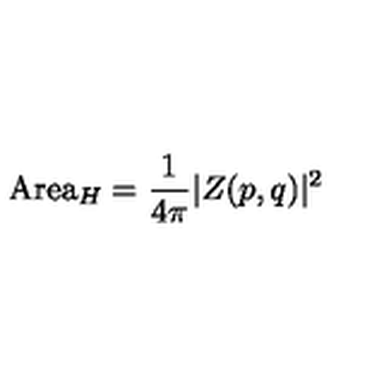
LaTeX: \mathrm { A r e a } _ { H } = \frac { 1 } { 4 \pi } \vert Z ( p , q ) \vert ^ { 2 }